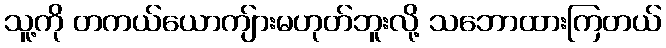
သူ့ကို တကယ်ယောကျ်ားမဟုတ်ဘူးလို့ သဘောထားကြတယ်